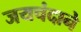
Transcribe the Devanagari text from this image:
जयचंदाने